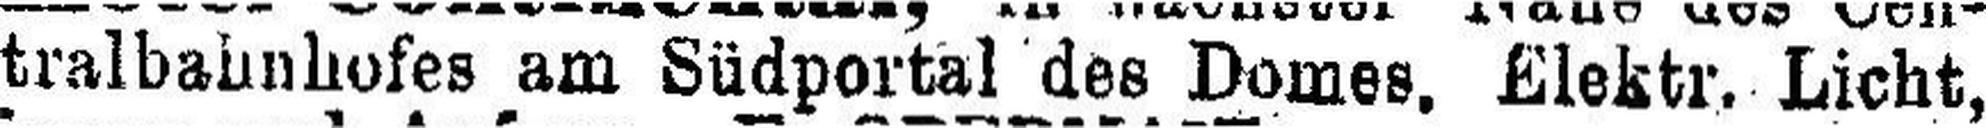
tralbahnhofes am Südportal des Domes, Elektr. Licht,